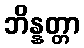
ဘိန္နတ္တာ